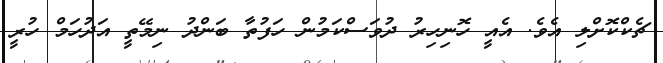
ޗެކްކޮށްލި އެވެ. އެއީ ހޮނިހިރު ދުވަސްކަމުން ހަފުތާ ބަންދު ނިމޭތީ އަދުހަމް ހުރީ